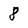
Character: 8